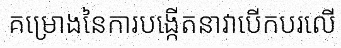
គម្រោងនៃការបង្កើតនាវាបើកបរលើ